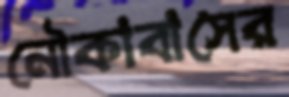
নৌকাবাসের